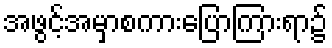
အဖွင့်အမှာစကားပြောကြားရာ၌